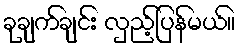
ခုချက်ချင်း လှည့်ပြန်မယ်။